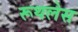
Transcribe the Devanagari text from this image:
रूथलेस